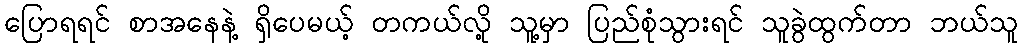
ပြောရရင် စာအနေနဲ့ ရှိပေမယ့် တကယ်လို့ သူ့မှာ ပြည်စုံသွားရင် သူခွဲထွက်တာ ဘယ်သူ